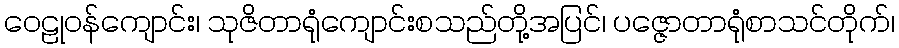
ဝေဠုဝန်ကျောင်း၊ သုဇိတာရုံကျောင်းစသည်တို့အပြင်၊ ပဇ္ဇောတာရုံစာသင်တိုက်၊